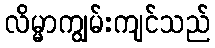
လိမ္မာကျွမ်းကျင်သည်